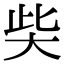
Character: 𡘌